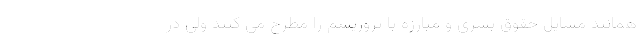
همانند مسایل حقوق بشری و مبارزه با تروریسم را مطرح می کنند ولی در